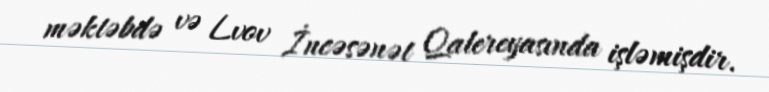
məktəbdə və Lvov İncəsənət Qalereyasında işləmişdir.